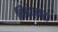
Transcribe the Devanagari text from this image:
निबंधकर।